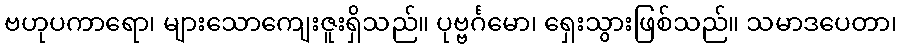
ဗဟုပကာရော၊ များသောကျေးဇူးရှိသည်။ ပုဗ္ဗင်္ဂမော၊ ရှေးသွားဖြစ်သည်။ သမာဒပေတာ၊